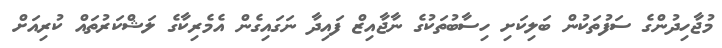
މުޖާހިދުންގެ ސަފުތަކުން ބަލިކަށި ހިސާބުތަކުގެ ނާޖާއިޒް ފައިދާ ނަގައިގެން އެމެރިކާގެ ލަޝްކަރުތައް ކުރިއަށް